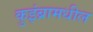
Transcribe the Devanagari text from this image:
कुइंब्रामधील